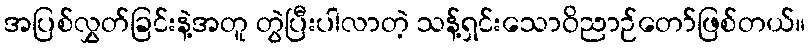
အပြစ်လွှတ်ခြင်းနဲ့အတူ တွဲပြီးပါလာတဲ့ သန့်ရှင်းသောဝိညာဉ်တော်ဖြစ်တယ်။